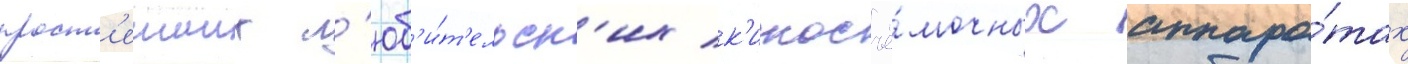
прост'еиших л'юб'и́т'ельск'их к'иносъё́мочных аппара́тах